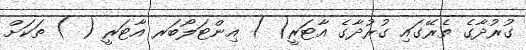
ގުރުދާގެ ތެރޭގައި ގުރުދާގެ އާޓަރީ( ) އިންޓަލޯބަރ އާޓަރީ ( ) ތަކަށް